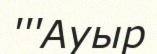
'''Ауыр